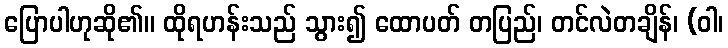
ပြောပါဟုဆို၏။ ထိုရဟန်းသည် သွား၍ ထောပတ် တပြည်၊ တင်လဲတချိန်၊ (ဝါ၊